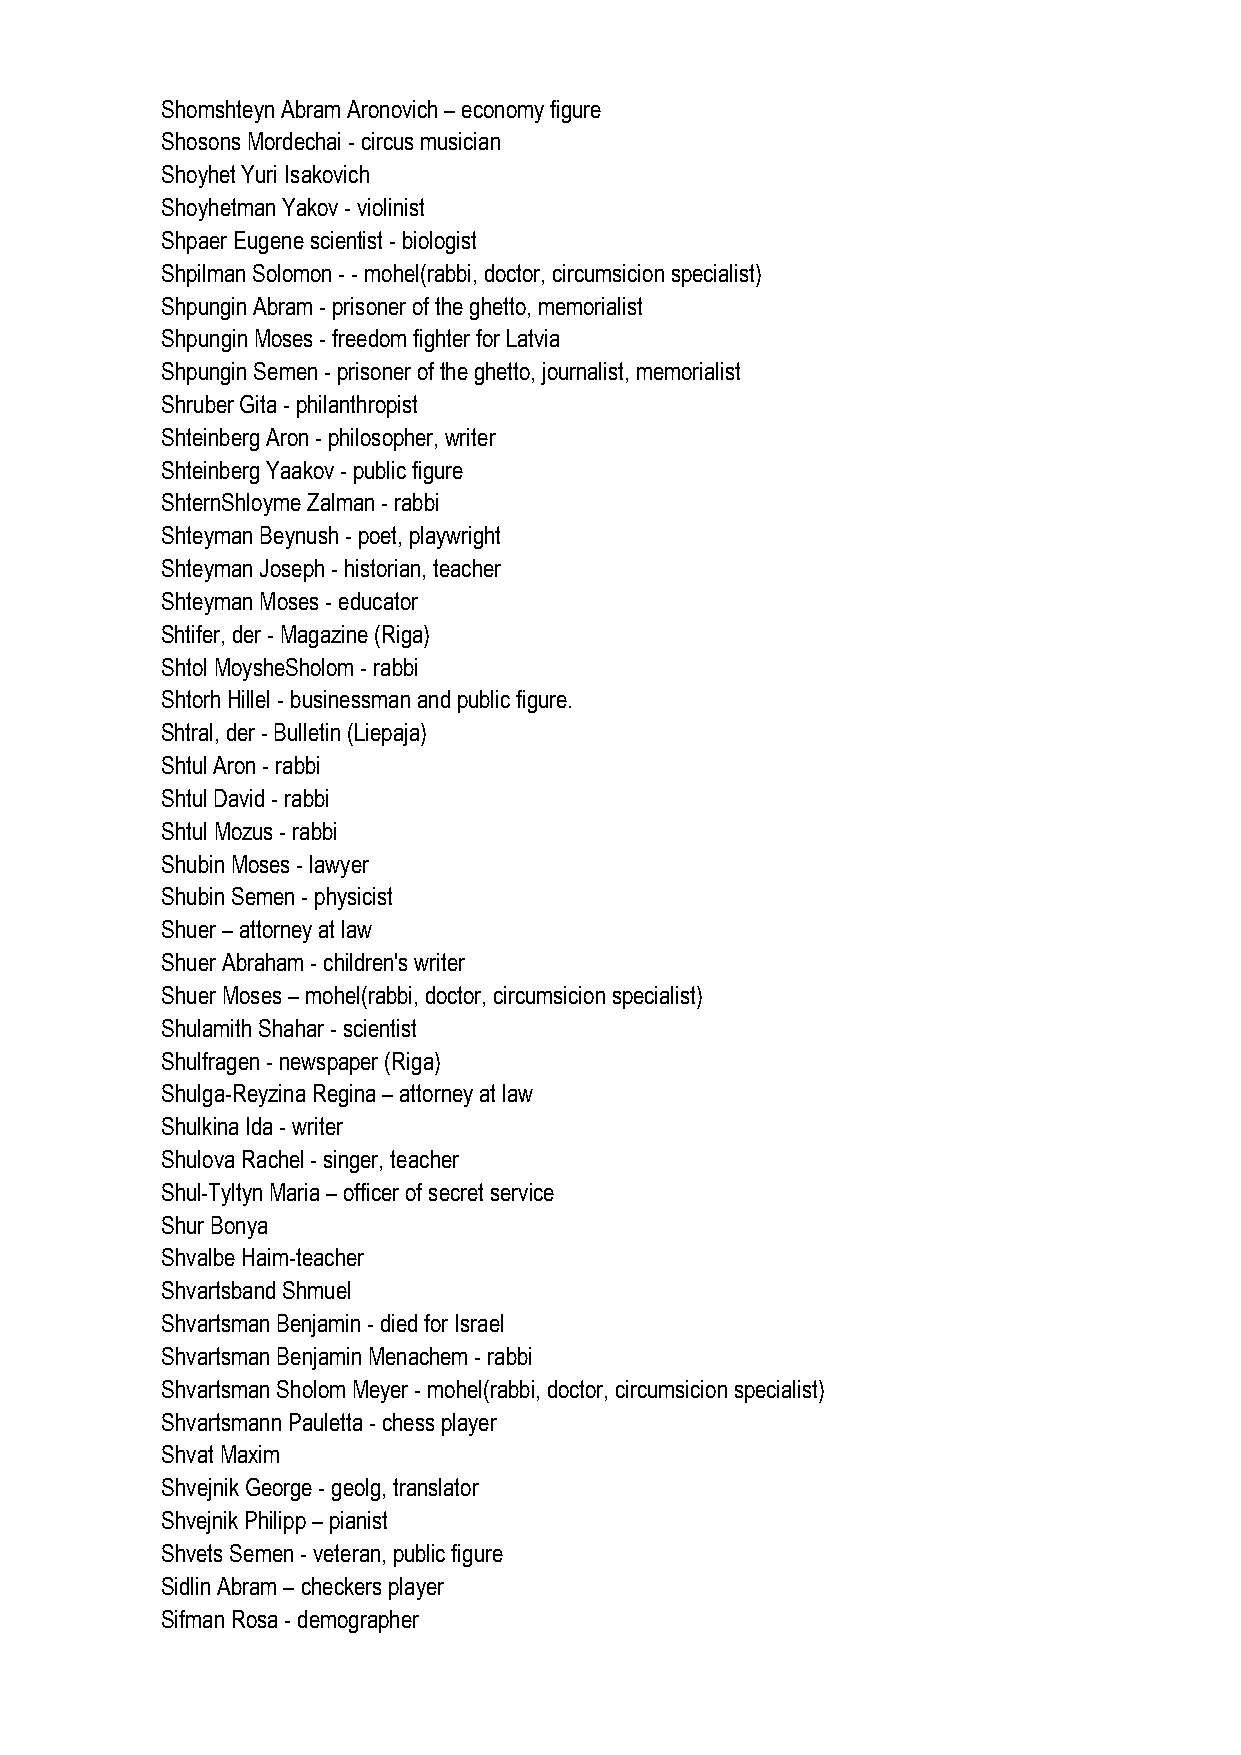
Shomshteyn Abram Aronovich – economy figure
 Shosons Mordechai - circus musician
 Shoyhet Yuri Isakovich
 Shoyhetman Yakov - violinist
 Shpaer Eugene scientist - biologist
 Shpilman Solomon - - mohel(rabbi, doctor, circumsicion specialist)
 Shpungin Abram - prisoner of the ghetto, memorialist
 Shpungin Moses - freedom fighter for Latvia
 Shpungin Semen - prisoner of the ghetto, journalist, memorialist
 Shruber Gita - philanthropist
 Shteinberg Aron - philosopher, writer
 Shteinberg Yaakov - public figure
 ShternShloyme Zalman - rabbi
 Shteyman Beynush - poet, playwright
 Shteyman Joseph - historian, teacher
 Shteyman Moses - educator
 Shtifer, der - Magazine (Riga)
 Shtol MoysheSholom - rabbi
 Shtorh Hillel - businessman and public figure.
 Shtral, der - Bulletin (Liepaja)
 Shtul Aron - rabbi
 Shtul David - rabbi
 Shtul Mozus - rabbi
 Shubin Moses - lawyer
 Shubin Semen - physicist
 Shuer – attorney at law
 Shuer Abraham - children's writer
 Shuer Moses – mohel(rabbi, doctor, circumsicion specialist)
 Shulamith Shahar - scientist
 Shulfragen - newspaper (Riga)
 Shulga-Reyzina Regina – attorney at law
 Shulkina Ida - writer
 Shulova Rachel - singer, teacher
 Shul-Tyltyn Maria – officer of secret service
 Shur Bonya
 Shvalbe Haim-teacher
 Shvartsband Shmuel
 Shvartsman Benjamin - died for Israel
 Shvartsman Benjamin Menachem - rabbi
 Shvartsman Sholom Meyer - mohel(rabbi, doctor, circumsicion specialist)
 Shvartsmann Pauletta - chess player
 Shvat Maxim
 Shvejnik George - geolg, translator
 Shvejnik Philipp – pianist
 Shvets Semen - veteran, public figure
 Sidlin Abram – checkers player
 Sifman Rosa - demographer